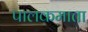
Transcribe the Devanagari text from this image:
पालकमाता